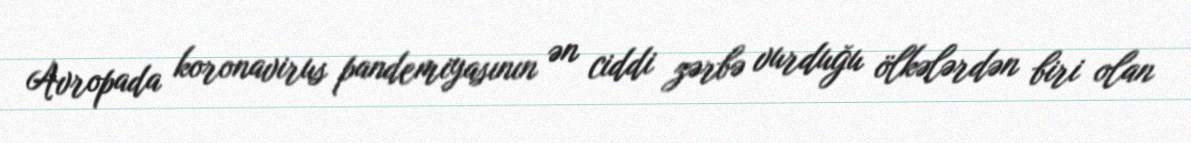
Avropada koronavirus pandemiyasının ən ciddi zərbə vurduğu ölkələrdən biri olan